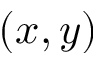
( x , y )